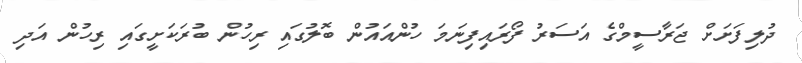
ދުލިފަށަށް ޖަރާސީމްގެ އަސަރު ފޯރައިފިނަމަ ހުންއައުން ބޮލުގައި ރިހުން ބުރަކަށީގައި ރިހުން އަދި